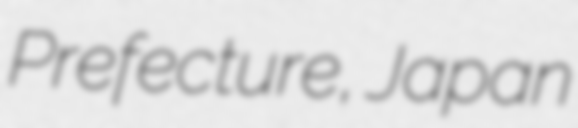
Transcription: Prefecture, Japan